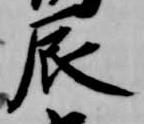
辰